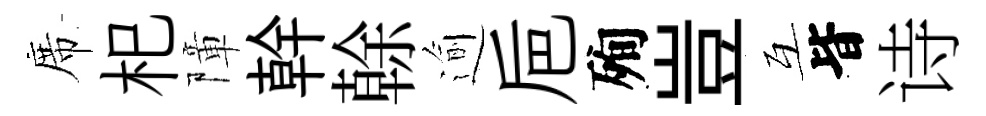
席𣏌障幹𠏉逾巵殉豈互𣅜诗